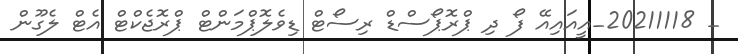
_ 20211118_އީއައިއޭ ފޯ ދި ޕްރޮޕޯސްޑް ރިސޯޓް ޑިވެލޮޕްމަންޓް ޕްރޮޖެކްޓް އެޓް ލެގޫން